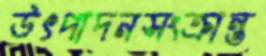
উৎপাদনসংক্রান্ত